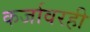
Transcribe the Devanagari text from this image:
कर्जावरही